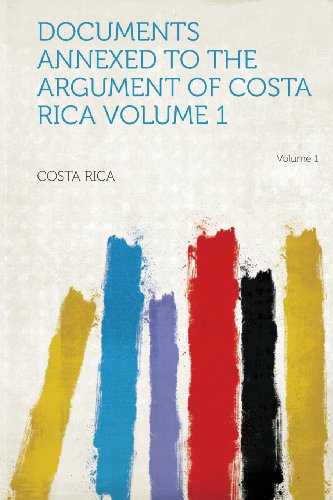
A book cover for Documents Annexed to the Argument of Costa Rica Volume 1; Costa Rica; History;